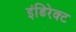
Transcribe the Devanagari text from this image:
इंडिरेक्ट